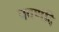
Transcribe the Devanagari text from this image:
पवणंदि